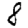
Digit: 8